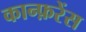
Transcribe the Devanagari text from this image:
कान्फ़रेंस